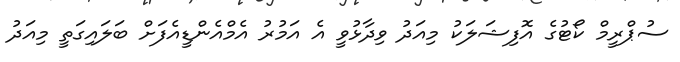
ސުޕްރީމް ކޯޓުގެ އޮފިޝަލަކު މިއަދު ވިދާޅުވީ އެ އަމުރު އެމްއެންޑީއެފަށް ބަލައިގަތީ މިއަދު